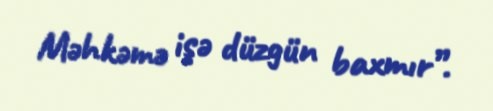
Məhkəmə işə düzgün baxmır”.